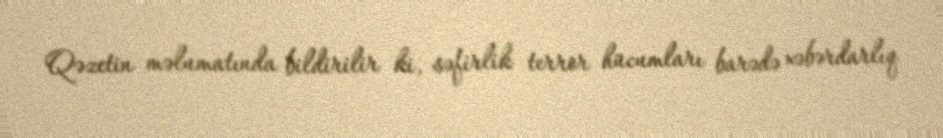
Qəzetin məlumatında bildirilir ki, səfirlik terror hücumları barədə xəbərdarlıq